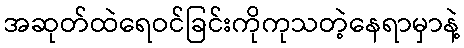
အဆုတ်ထဲရေဝင်ခြင်းကိုကုသတဲ့နေရာမှာနဲ့